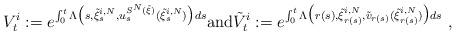
LaTeX: \begin{align*}V_t^i := e^{\int_0^t\Lambda\big (s,\tilde \xi^{i,N}_{s},u^{S^N(\tilde{\xi})}_{s}(\tilde \xi^{i,N}_{s})\big )ds}\textrm{and}\tilde V_t^i := e^{\int_0^t\Lambda\big (r(s),\tilde \xi^{i,N}_{r(s)},\tilde v_{r(s)}(\tilde \xi^{i,N}_{r(s)})\big )ds}\ ,\end{align*}